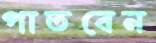
পাতবেন